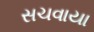
સચવાયા